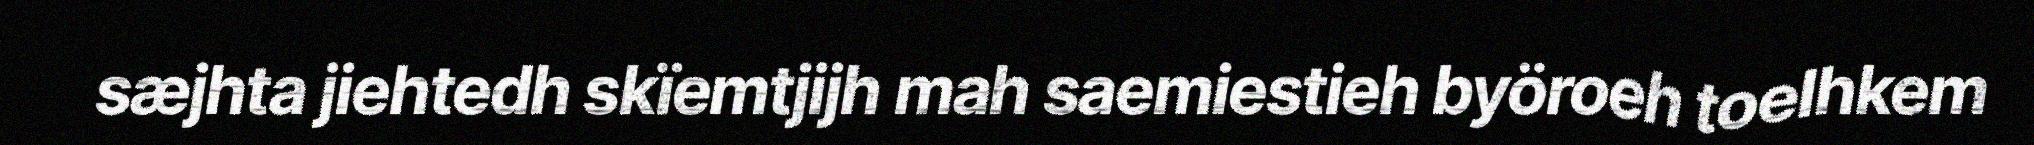
sæjhta jiehtedh skïemtjijh mah saemiestieh byöroeh toelhkem